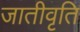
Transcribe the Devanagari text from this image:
जातीवृति